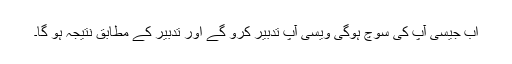
اب جیسی آپ کی سوچ ہوگی ویسی آپ تدبیر کرو گے اور تدبیر کے مطابق نتیجہ ہو گا۔